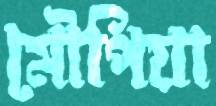
মৌপিয়া